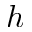
h